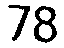
78